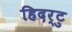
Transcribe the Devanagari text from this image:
हिदर्टु